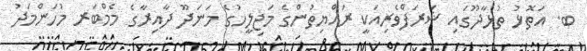
ބ. އަތޮޅު ތުޅާދޫގައި ޝަރަފްވެރިއަކީ ރައްޔިތުންގެ މަޖިލީހުގެ މަނަދޫ ދާއިރާގެ މެމްބަރ މުހަންމަދު